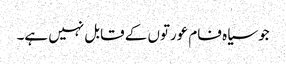
جو سیاہ فام عورتوں کے قابل نہیں ہے۔